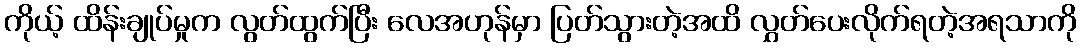
ကိုယ့် ထိန်းချုပ်မှုက လွတ်ထွက်ပြီး လေအဟုန်မှာ ပြတ်သွားတဲ့အထိ လွှတ်ပေးလိုက်ရတဲ့အရသာကို